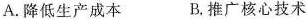
A.降低生产成本 B.推广核心技术